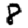
Digit: 8